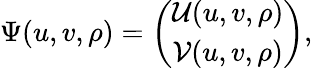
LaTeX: \Psi(u,v,\rho)=\left(\begin{array}{c}{{{\cal{U}}(u,v,\rho)}}\\ {{{\cal{V}}(u,v,\rho)}}\end{array}\right),